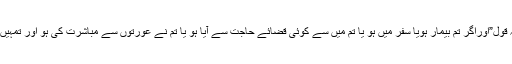
پہلی مثال:قرآن مجید سے اللہ تعالی کا یہ قول”اوراگر تم بیمار ہویا سفر میں ہو یا تم میں سے کوئی قضائے حاجت سے آیا ہو یا تم نے عورتوں سے مباشرت کی ہو اور تمہیں پانی نہ ملے تو پاک مٹی کا قصد کرو“۔